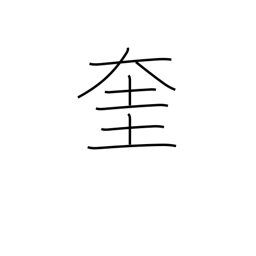
Meaning: god of literature